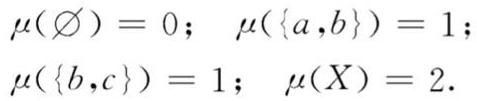
\[
\begin{align*}
\mu(\varnothing)&=0;&\mu(\{a,b\})&=1;\\
\mu(\{b,c\})&=1;&\mu(X)&=2.
\end{align*}
\]